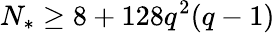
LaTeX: {N_{*}}\geq 8+128q^{2}(q-1)